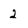
Character: 2